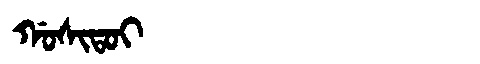
Manchu: ᡤᠣᠰᡳᡨᠣᡳ
Romanization: GOSITOI